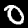
Digit: 0